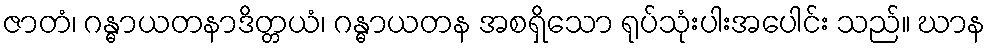
ဇာတံ၊ ဂန္ဓာယတနာဒိတ္တယံ၊ ဂန္ဓာယတန အစရှိသော ရုပ်သုံးပါးအပေါင်း သည်။ ဃာန